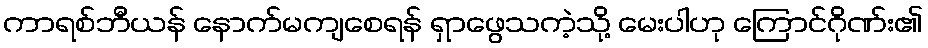
ကာရစ်ဘီယန် နောက်မကျစေရန် ရှာဖွေသကဲ့သို့ မေးပါဟု ကြောင်ဂိုဏ်း၏